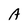
Character: A